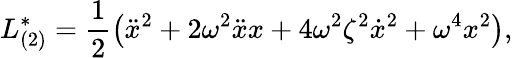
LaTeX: {L}_{(2)}^{*}=\frac{1}{2}\left(\ddot{x}^{2}+2\omega^{2}\ddot{x}x+4\omega^{2}\zeta^{2}\dot{x}^{2}+\omega^{4}x^{2}\right),